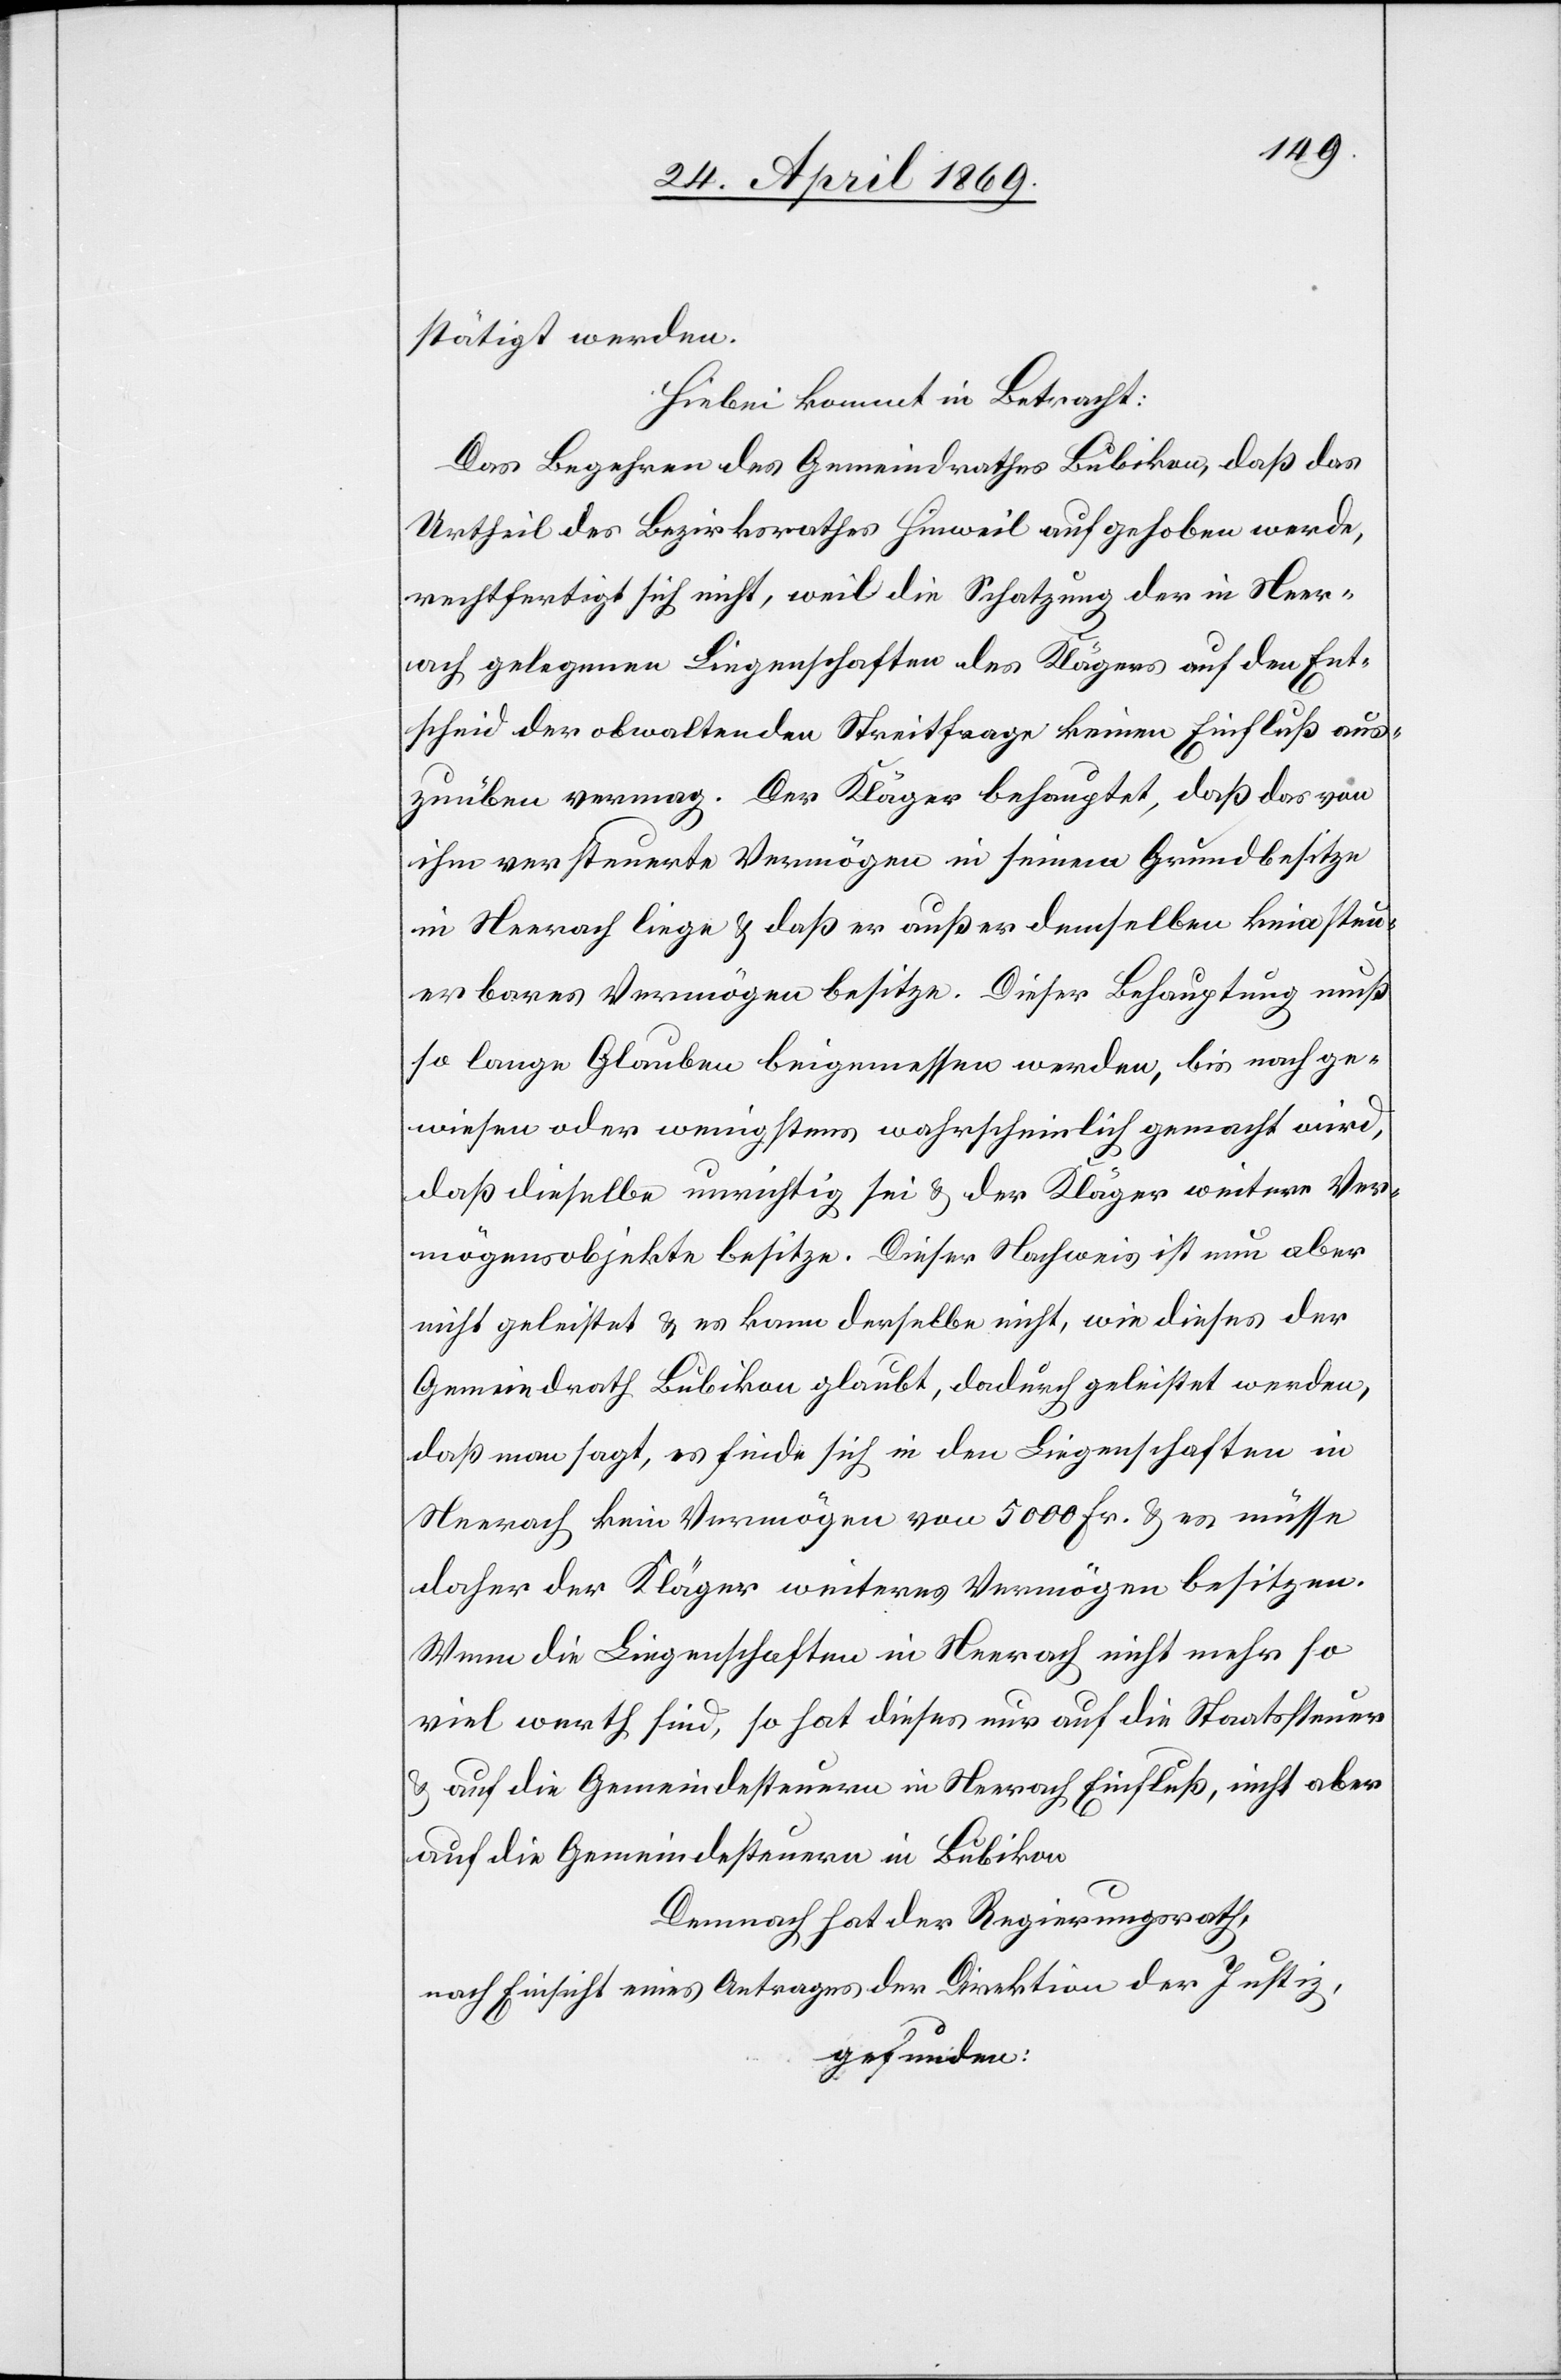
stätigt werden.
Hiebei kommt in Betracht:
Das Begehren des Gemeindrathes Bubikon, daß das
Urtheil des Bezirksrathes Hinweil aufgehoben werde,
rechtfertigt sich nicht, weil die Schatzung der in Neer¬
ach gelegenen Liegenschaften des Klägers auf den Ent¬
scheid der obwaltenden Streitfrage keinen Einfluß aus¬
zuüben vermag. Der Kläger behauptet, daß das von
ihm versteuerte Vermögen in seinem Grundbesitze
in Neerach liege u. daß er außer demselben kein steu¬
erbares Vermögen besitze. Dieser Behauptung muß
so lange Glauben beigemessen werden, bis nachge¬
wiesen oder wenigstens wahrscheinlich gemacht wird,
daß dieselbe unrichtig sei u. der Kläger weiter Ver¬
mögensobjekte besitze. Dieser Nachweis ist nun aber
nicht geleistet u. es kann derselbe nicht, wie dieses der
Gemeindrath Bubikon glaubt, dadurch geleistet werden,
daß man sagt, es finde sich in den Liegenschaften in
Neerach kein Vermögen von 5000 Fr. u. es müsse
daher der Kläger weiteres Vermögen besitzen.
Wenn die Liegenschaften in Neerach nicht mehr so
viel werth sind, so hat dieses nur auf die Staatssteuer
u. auf die Gemeindesteuern in Neerach Einfluß, nicht a¬
uf die Gemeindesteuern in Bubikon.
Demnach hat der Regierungsrath,
nach Einsicht eines Antrages der Direktion der Justiz,
gefunden: